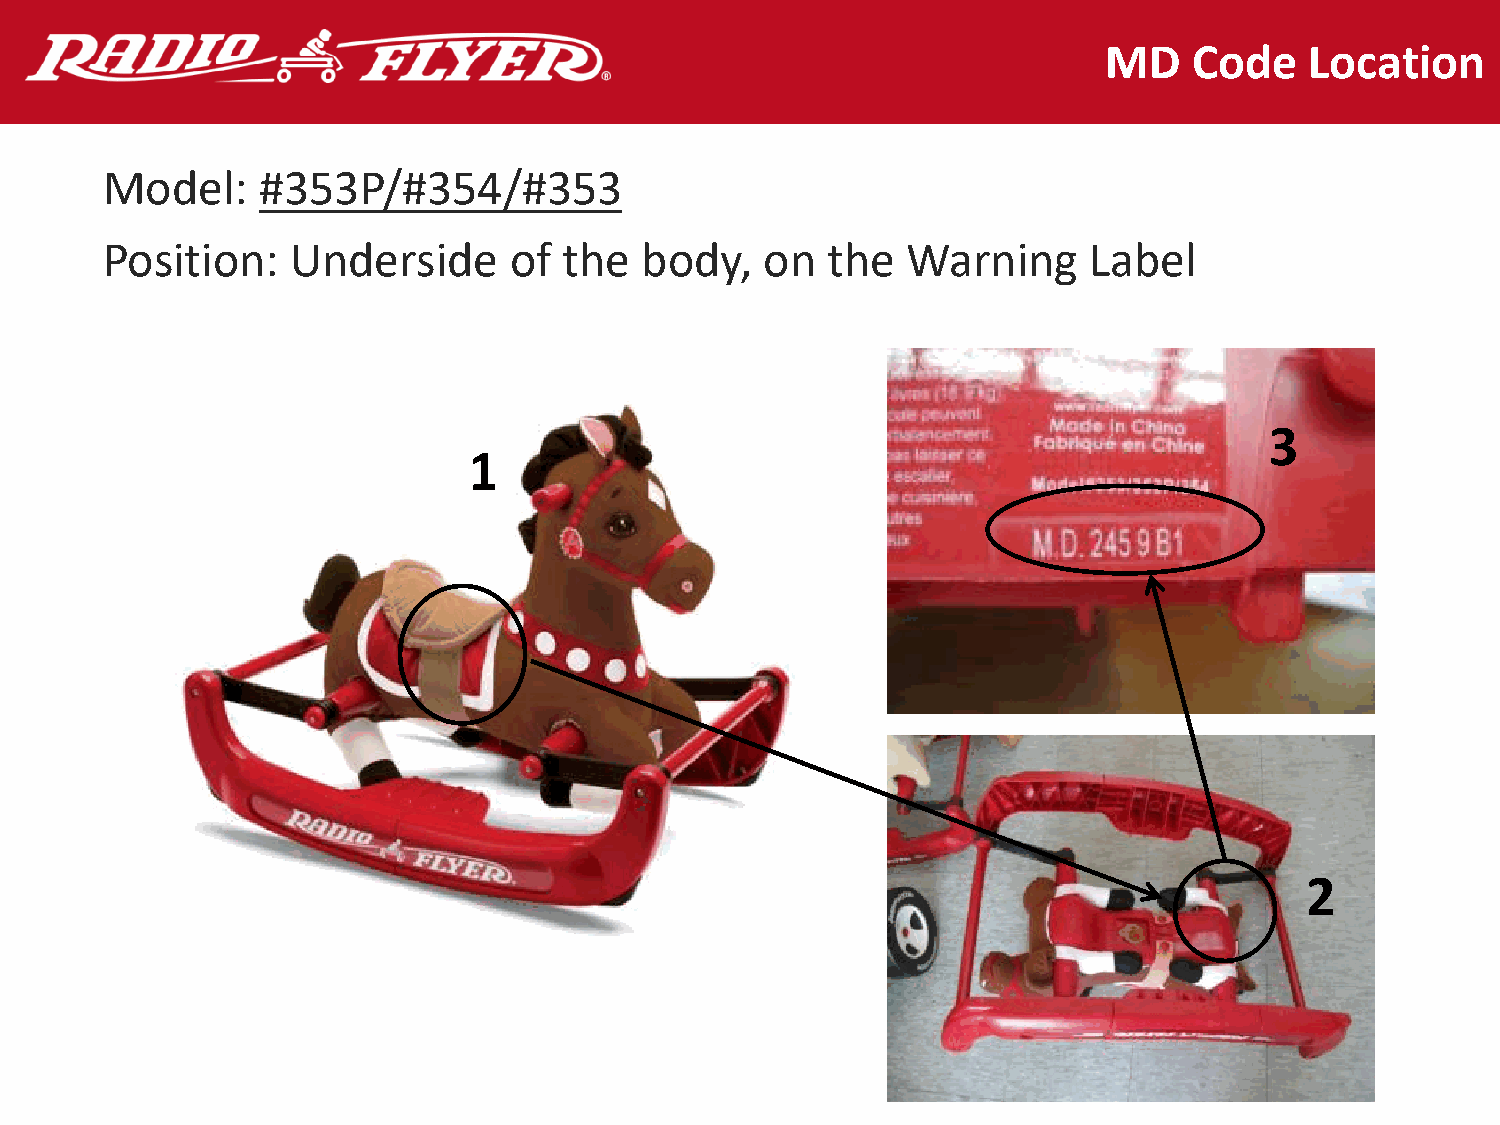
MD    Code    Location
 Model:    #353P/#354/#353
 Position:   Underside      of the  body,    on  the  Warning     Label
 3
 1
 2